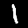
Label: 1